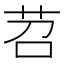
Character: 苕